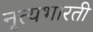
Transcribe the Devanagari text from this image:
नृत्यभारती